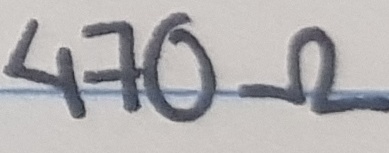
Text: 470Ω